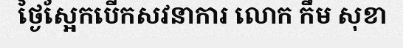
ថ្ងៃស្អែកបើកសវនាការ លោក កឹម សុខា